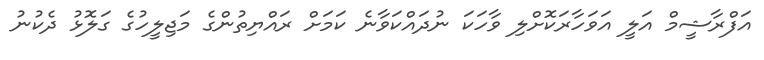
އަފްރާޝީމް އަލީ އަވަހާރަކޮށްލި ވާހަކަ ނުދައްކަވާނެ ކަަމަށް ރައްޔިތުންގެ މަޖިލީހުގެ ގަލޮޅު ދެކުނު